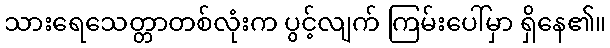
သားရေသေတ္တာတစ်လုံးက ပွင့်လျက် ကြမ်းပေါ်မှာ ရှိနေ၏။